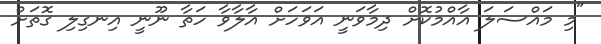
"މި މައްސަލަ އާއްމުކޮށް ދިމާވަނީ އަވަހަށް އާލާވާ ހަތާ ނޫނީ އިނގިލި ގޮތަށް